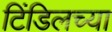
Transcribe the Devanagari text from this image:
टिंडिलच्या